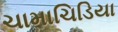
ચામાચિડિયા